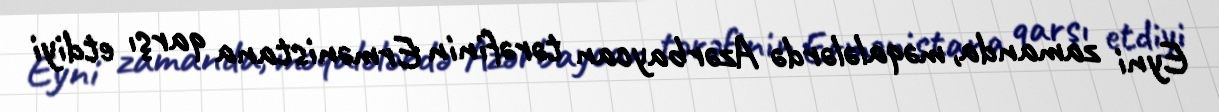
Eyni zamanda, məqalələrdə Azərbaycan tərəfinin Ermənistana qarşı etdiyi